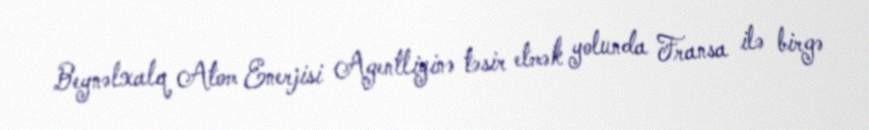
Beynəlxalq Atom Enerjisi Agentliyinə təsir etmək yolunda Fransa ilə birgə